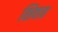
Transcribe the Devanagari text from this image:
शिवाह